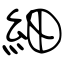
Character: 細